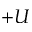
+ U